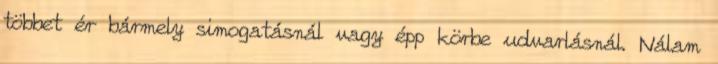
többet ér bármely simogatásnál vagy épp körbe udvarlásnál. Nálam